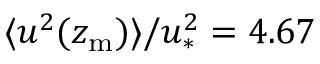
\langle u ^ { 2 } ( z _ { \mathrm { m } } ) \rangle / u _ { \ast } ^ { 2 } = 4 . 6 7